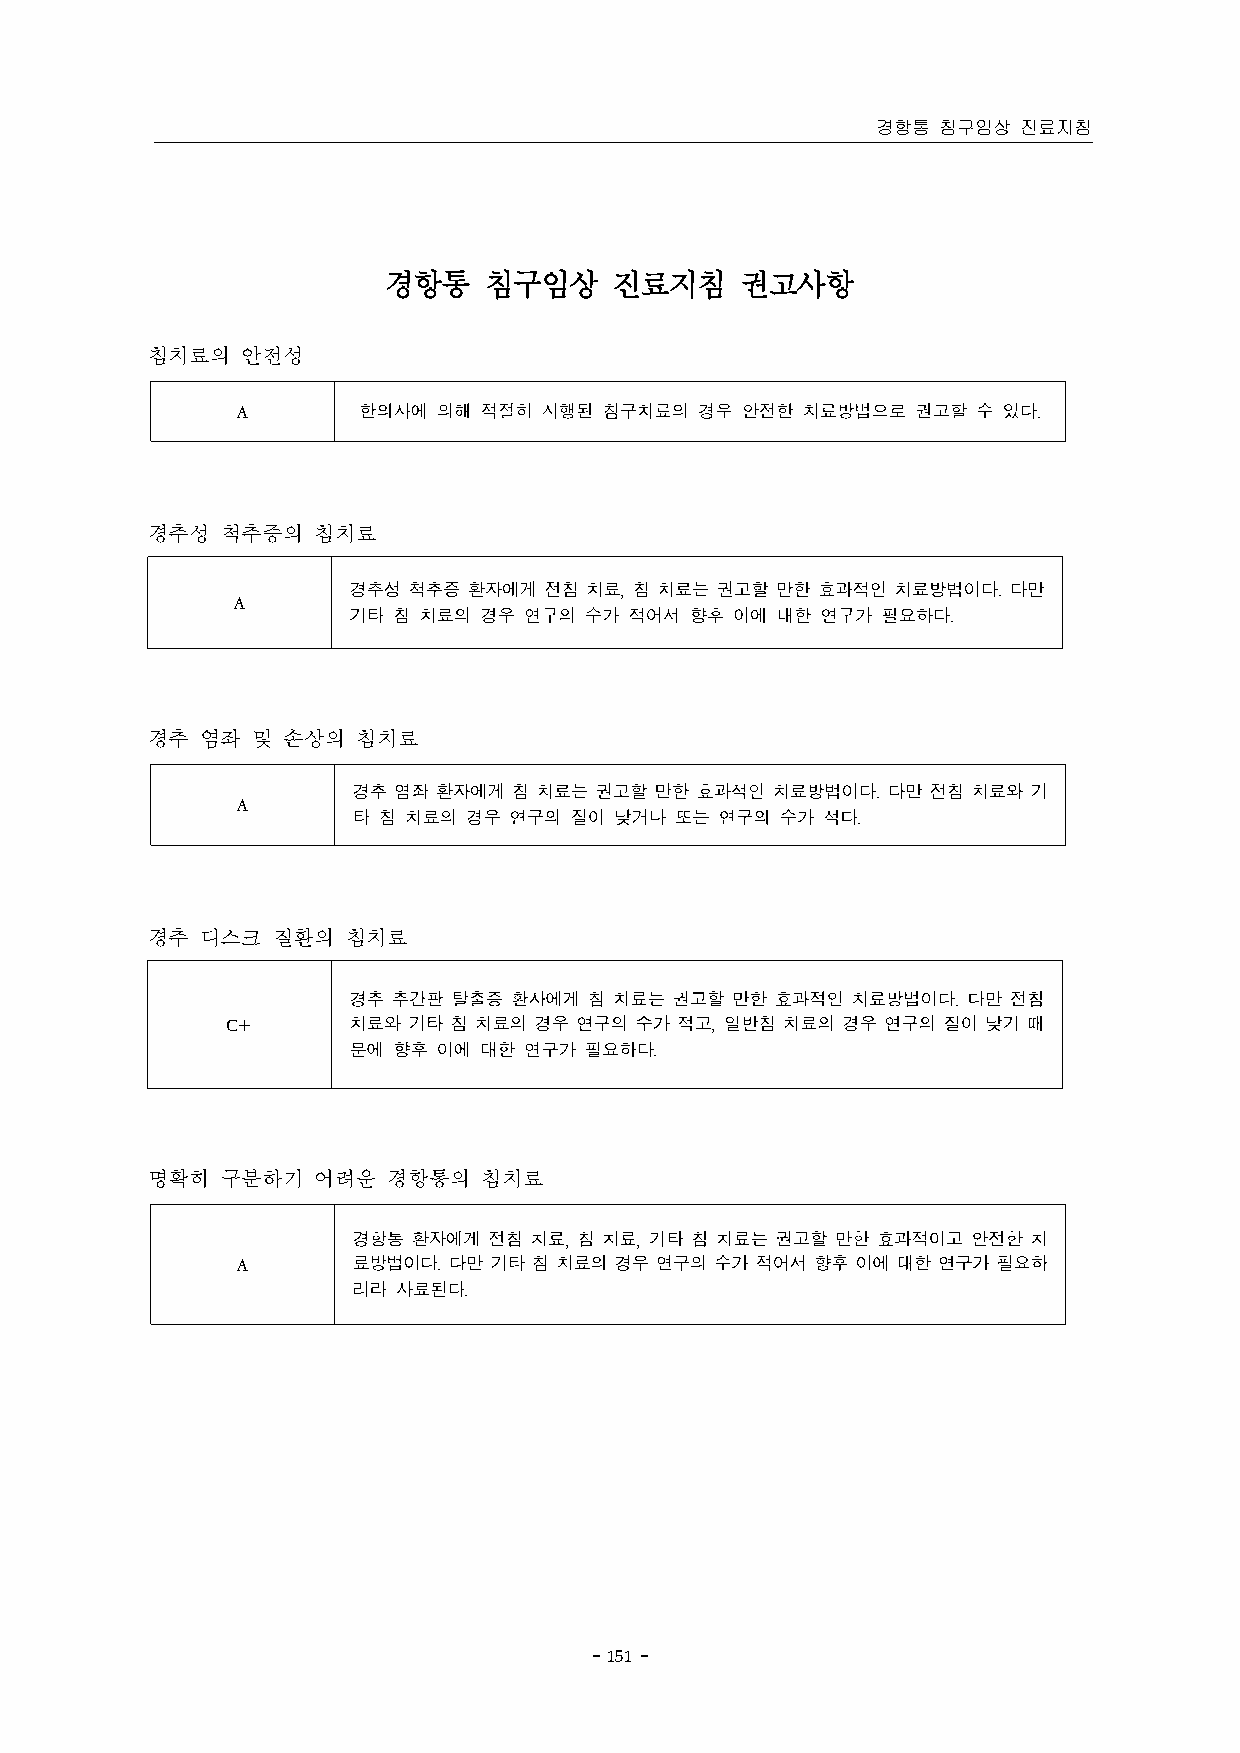
경항통 침구임상  진료지침
 경항통    침구임상     진료지침    권고사항
 침치료의  안전성
 A       한의사에 의해 적절히 시행된 침구치료의 경우 안전한 치료방법으로  권고할 수 있다.
 경추성  척추증의  침치료
 경추성 척추증 환자에게 전침 치료, 침 치료는 권고할 만한 효과적인 치료방법이다. 다만
 A
 기타 침 치료의 경우 연구의 수가 적어서 향후 이에 대한 연구가 필요하다.
 경추 염좌  및 손상의  침치료
 경추염좌환자에게침치료는권고할만한      효과적인 치료방법이다. 다만전침치료와기
 A
 타 침 치료의 경우 연구의 질이 낮거나 또는 연구의 수가 적다.
 경추 디스크  질환의  침치료
 경추 추간판 탈출증 환자에게 침 치료는 권고할 만한 효과적인 치료방법이다. 다만 전침
 C+      치료와 기타침 치료의 경우 연구의수가  적고, 일반침치료의 경우 연구의 질이낮기 때
 문에 향후 이에 대한 연구가 필요하다.
 명확히  구분하기  어려운  경항통의  침치료
 경항통 환자에게 전침 치료, 침 치료, 기타 침 치료는 권고할 만한 효과적이고 안전한 치
 A      료방법이다. 다만기타침치료의경우연구의수가적어서향후이에대한연구가필요하
 리라 사료된다.
 － 151 －